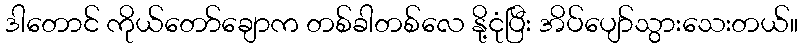
ဒါတောင် ကိုယ်တော်ချောက တစ်ခါတစ်လေ နို့ငုံပြီး အိပ်ပျော်သွားသေးတယ်။